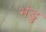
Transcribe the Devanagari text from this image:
भंडु